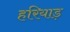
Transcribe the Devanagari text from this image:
हरियाड़